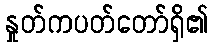
နှုတ်ကပတ်တော်ရှိ၏